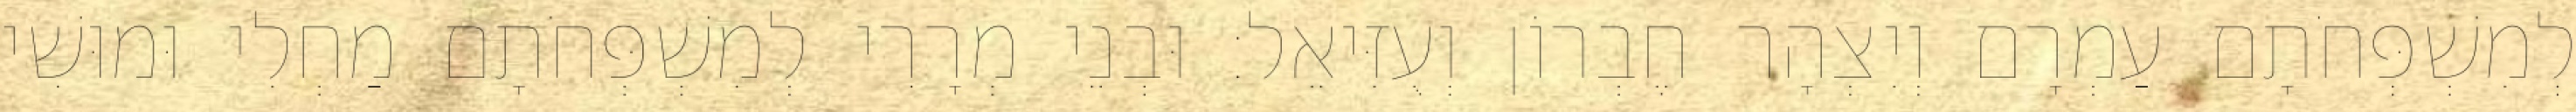
לְמִשְׁפְּחֹתָם עַמְרָם וְיִצְהָר חֶבְרוֹן וְעֻזִּיאֵל׃ וּבְנֵי מְרָרִי לְמִשְׁפְּחֹתָם מַחְלִי וּמוּשִׁי